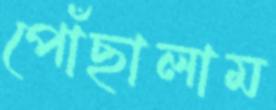
পোঁছালাম